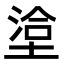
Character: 𭏄